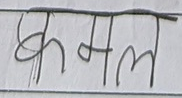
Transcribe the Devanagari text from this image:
कमल